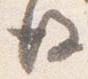
後